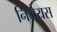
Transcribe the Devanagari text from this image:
निश्रेयस